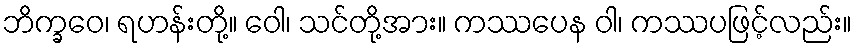
ဘိက္ခဝေ၊ ရဟန်းတို့။ ဝေါ၊ သင်တို့အား။ ကဿပေန ဝါ၊ ကဿပဖြင့်လည်း။